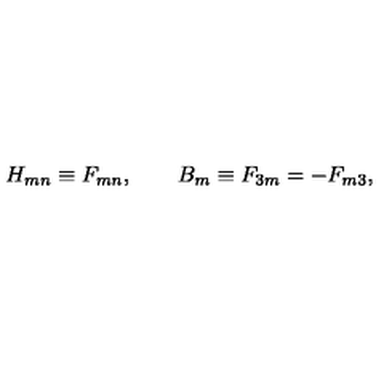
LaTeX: H _ { m n } \equiv F _ { m n } , \quad \quad B _ { m } \equiv F _ { 3 m } = - F _ { m 3 } , \,